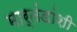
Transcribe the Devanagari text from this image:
मार्तंडांशी